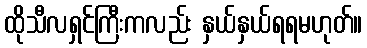
ထိုသီလရှင်ကြီးကလည်း နှယ်နှယ်ရရမဟုတ်။